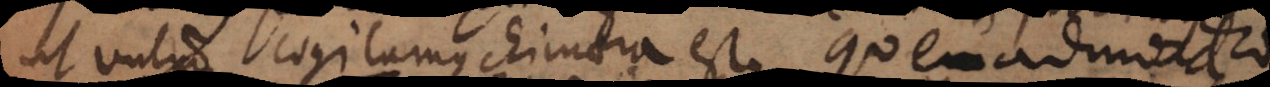
ut vulgo cogitamus chimaera est, quemadmodum